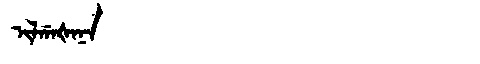
Manchu: ᡳᠯᡤᠠᡧᠠᠨᠠ
Romanization: ILGAŠANA